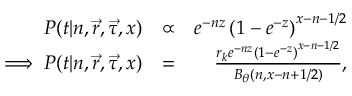
\begin{array} { r l r } { P ( t | n , \vec { r } , \vec { \tau } , x ) } & { \propto } & { e ^ { - n z } \left( 1 - e ^ { - z } \right) ^ { x - n - 1 / 2 } } \\ { \implies P ( t | n , \vec { r } , \vec { \tau } , x ) } & { = } & { \frac { r _ { k } e ^ { - n z } \left( 1 - e ^ { - z } \right) ^ { x - n - 1 / 2 } } { B _ { \theta } ( n , x - n + 1 / 2 ) } , } \end{array}